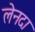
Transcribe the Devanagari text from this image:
लेनदा